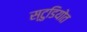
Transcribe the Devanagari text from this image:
स्टुडियोत